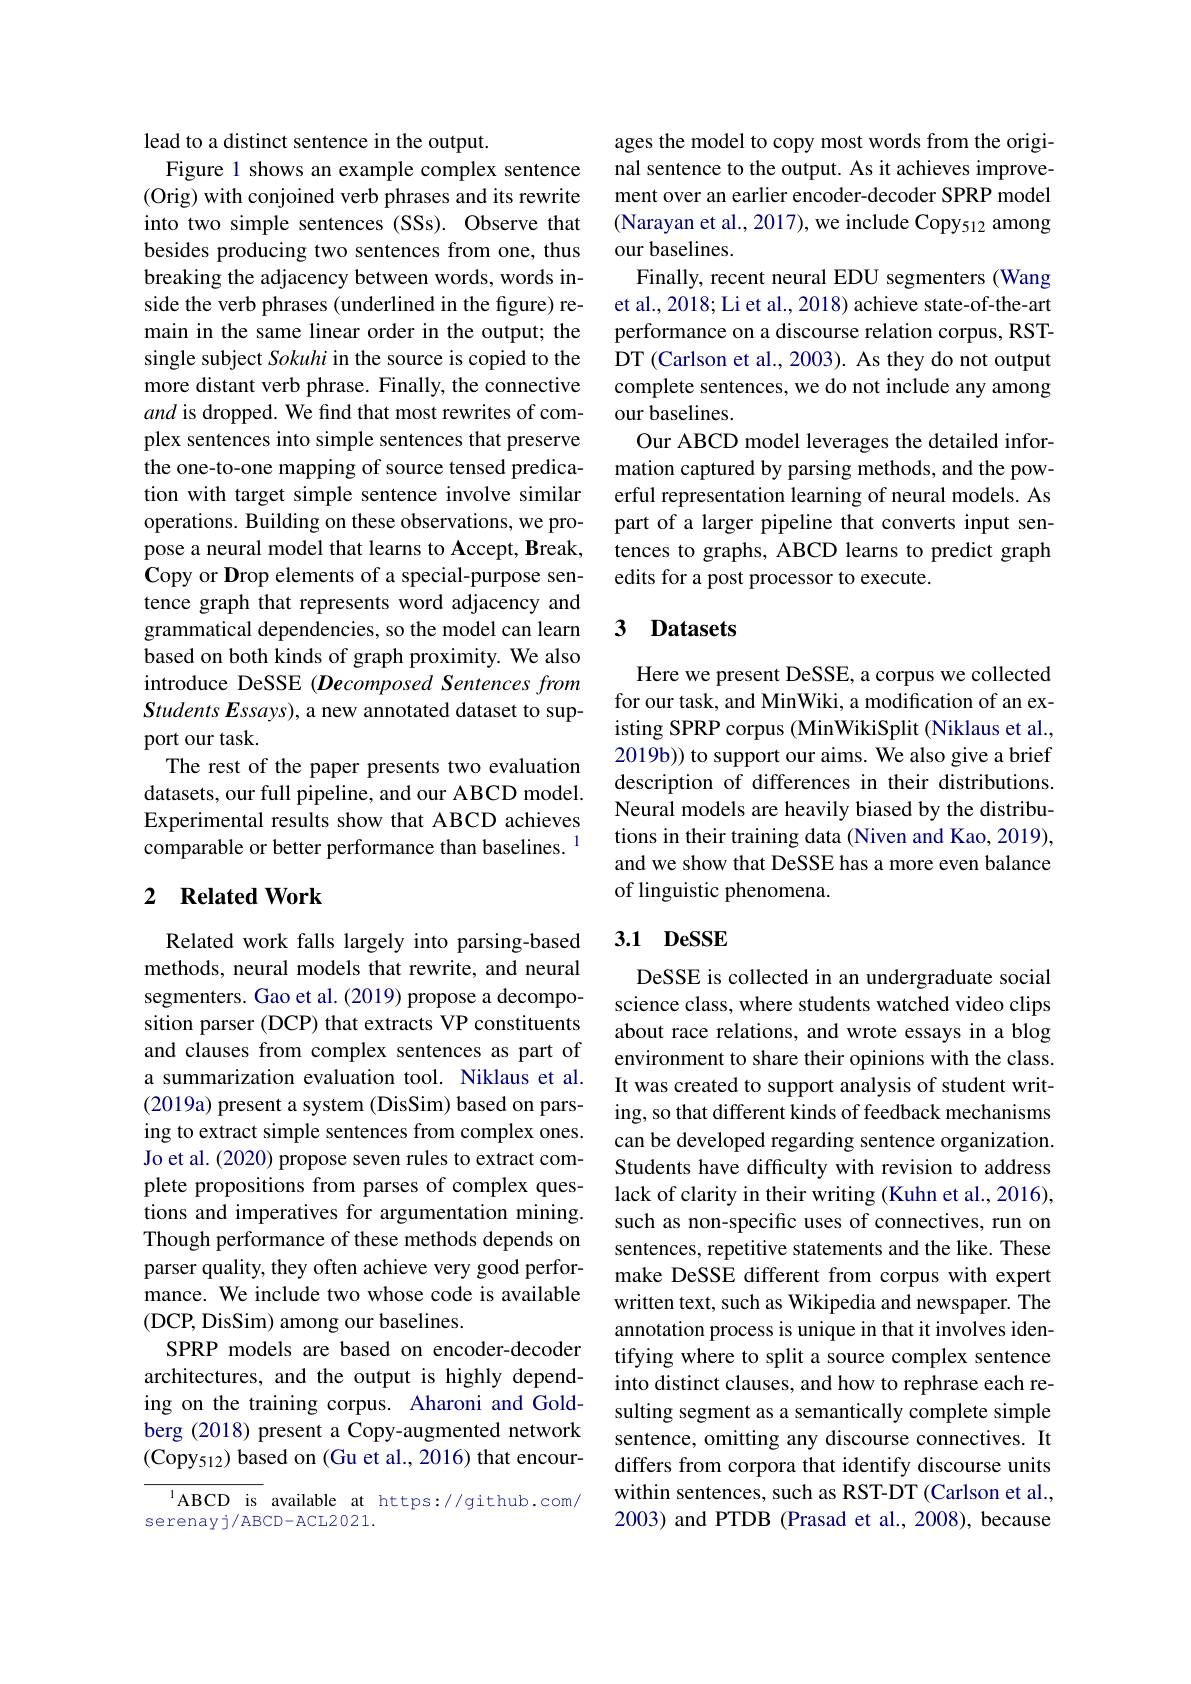
lead to a distinct sentence in the output.
Figure 1 shows an example complex sentence (Orig) with conjoined verb phrases and its rewrite into two simple sentences (SSs). Observe that besides producing two sentences from one, thus breaking the adjacency between words, words inside the verb phrases (underlined in the figure) remain in the same linear order in the output; the single subject Sokuhi in the source is copied to the more distant verb phrase. Finally, the connective and is dropped. We find that most rewrites of complex sentences into simple sentences that preserve the one-to-one mapping of source tensed predication with target simple sentence involve similar operations. Building on these observations, we propose a neural model that learns to Accept, Break, Copy or Drop elements of a special-purpose sentence graph that represents word adjacency and grammatical dependencies, so the model can learn based on both kinds of graph proximity. We also introduce DeSSE (Decomposed Sentences from Students Essays), a new annotated dataset to support our task.
The rest of the paper presents two evaluation datasets, our full pipeline, and our ABCD model. Experimental results show that ABCD achieves comparable or better performance than baselines. 1

## 2 Related Work

Related work falls largely into parsing-based methods, neural models that rewrite, and neural segmenters. Gao et al. (2019) propose a decomposition parser (DCP) that extracts VP constituents and clauses from complex sentences as part of a summarization evaluation tool. Niklaus et al. (2019a) present a system (DisSim) based on parsing to extract simple sentences from complex ones. Jo et al. (2020) propose seven rules to extract complete propositions from parses of complex questions and imperatives for argumentation mining. Though performance of these methods depends on parser quality, they often achieve very good performance. We include two whose code is available (DCP, DisSim) among our baselines.
SPRP models are based on encoder-decoder architectures, and the output is highly depending on the training corpus. Aharoni and Goldberg (2018) present a Copy-augmented network $(\mathrm{Copy}_{512})$ based on (Gu et al., 2016) that encour-

$^{1}$ABCD is available at https://github.com/
serenayj/ABCD-ACL2021.

ages the model to copy most words from the original sentence to the output. As it achieves improvement over an earlier encoder-decoder SPRP model (Narayan et al., 2017), we include Copy$_{512}$ among our baselines.
Finally, recent neural EDU segmenters (Wang et al., 2018; Li et al., 2018) achieve state-of-the-art performance on a discourse relation corpus, RSTDT (Carlson et al., 2003). As they do not output complete sentences, we do not include any among our baselines.
Our ABCD model leverages the detailed information captured by parsing methods, and the powerful representation learning of neural models. As part of a larger pipeline that converts input sentences to graphs, ABCD learns to predict graph edits for a post processor to execute.

## 3 Datasets

Here we present DeSSE, a corpus we collected for our task, and MinWiki, a modification of an existing SPRP corpus (MinWikiSplit (Niklaus et al., 2019b)) to support our aims. We also give a brief description of differences in their distributions. Neural models are heavily biased by the distributions in their training data (Niven and Kao, 2019), and we show that DeSSE has a more even balance of linguistic phenomena.

### 3.1 DeSSE

DeSSE is collected in an undergraduate social science class, where students watched video clips about race relations, and wrote essays in a blog environment to share their opinions with the class. It was created to support analysis of student writing, so that different kinds of feedback mechanisms can be developed regarding sentence organization. Students have difficulty with revision to address lack of clarity in their writing (Kuhn et al., 2016), such as non-specific uses of connectives, run on sentences, repetitive statements and the like. These make DeSSE different from corpus with expert written text, such as Wikipedia and newspaper. The annotation process is unique in that it involves identifying where to split a source complex sentence into distinct clauses, and how to rephrase each resulting segment as a semantically complete simple sentence, omitting any discourse connectives. It differs from corpora that identify discourse units within sentences, such as RST-DT (Carlson et al., 2003) and PTDB (Prasad et al., 2008), because